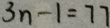
3 n - 1 = 7 7